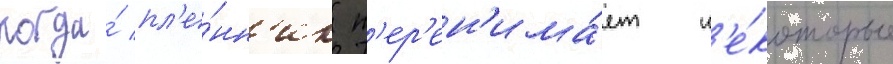
когда́ пл'е́нн'ик п'ер'ен'има́ет н'е́которые